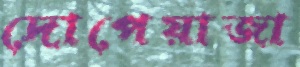
দোপেয়াজা